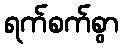
ရက်စက်စွာ